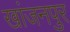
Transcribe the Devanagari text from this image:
खांजनपुर